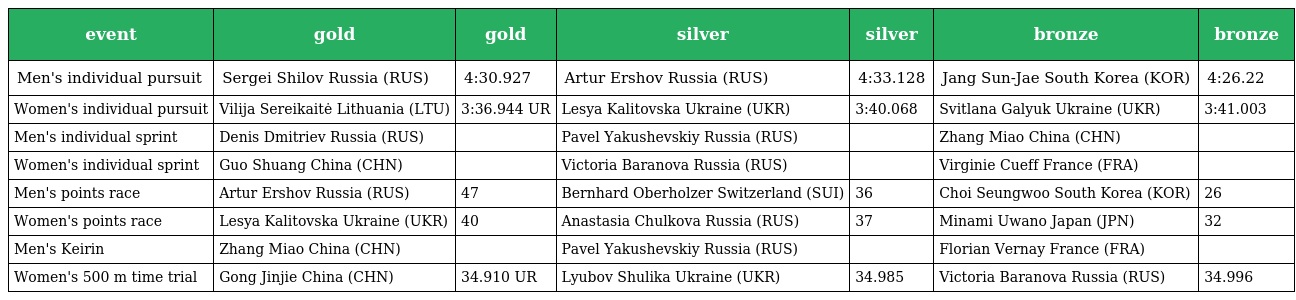
| event | gold | gold | silver | silver | bronze | bronze |
 | --- | --- | --- | --- | --- | --- | --- |
 | Men's individual pursuit | Sergei Shilov Russia (RUS) | 4:30.927 | Artur Ershov Russia (RUS) | 4:33.128 | Jang Sun-Jae South Korea (KOR) | 4:26.22 |
 | Women's individual pursuit | Vilija Sereikaitė Lithuania (LTU) | 3:36.944 UR | Lesya Kalitovska Ukraine (UKR) | 3:40.068 | Svitlana Galyuk Ukraine (UKR) | 3:41.003 |
 | Men's individual sprint | Denis Dmitriev Russia (RUS) |  | Pavel Yakushevskiy Russia (RUS) |  | Zhang Miao China (CHN) |  |
 | Women's individual sprint | Guo Shuang China (CHN) |  | Victoria Baranova Russia (RUS) |  | Virginie Cueff France (FRA) |  |
 | Men's points race | Artur Ershov Russia (RUS) | 47 | Bernhard Oberholzer Switzerland (SUI) | 36 | Choi Seungwoo South Korea (KOR) | 26 |
 | Women's points race | Lesya Kalitovska Ukraine (UKR) | 40 | Anastasia Chulkova Russia (RUS) | 37 | Minami Uwano Japan (JPN) | 32 |
 | Men's Keirin | Zhang Miao China (CHN) |  | Pavel Yakushevskiy Russia (RUS) |  | Florian Vernay France (FRA) |  |
 | Women's 500 m time trial | Gong Jinjie China (CHN) | 34.910 UR | Lyubov Shulika Ukraine (UKR) | 34.985 | Victoria Baranova Russia (RUS) | 34.996 |